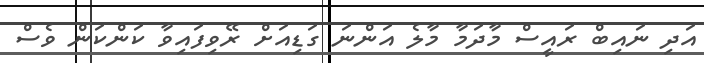
އަދި ނައިބް ރައީސް މާދަމާ މާލެ އަންނަ ގަޑިއަށް ރޭވިފައިވާ ކަންކަން ވެސް